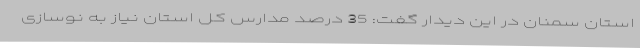
استان سمنان در این دیدار گفت: 35 درصد مدارس کل استان نیاز به نوسازی